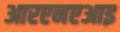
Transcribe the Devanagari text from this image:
आरएनएआइ